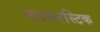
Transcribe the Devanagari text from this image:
फायरस्टिक